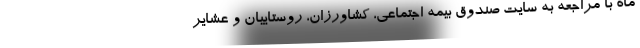
ماه با مراجعه به سایت صندوق بیمه اجتماعی، کشاورزان، روستاییان و عشایر